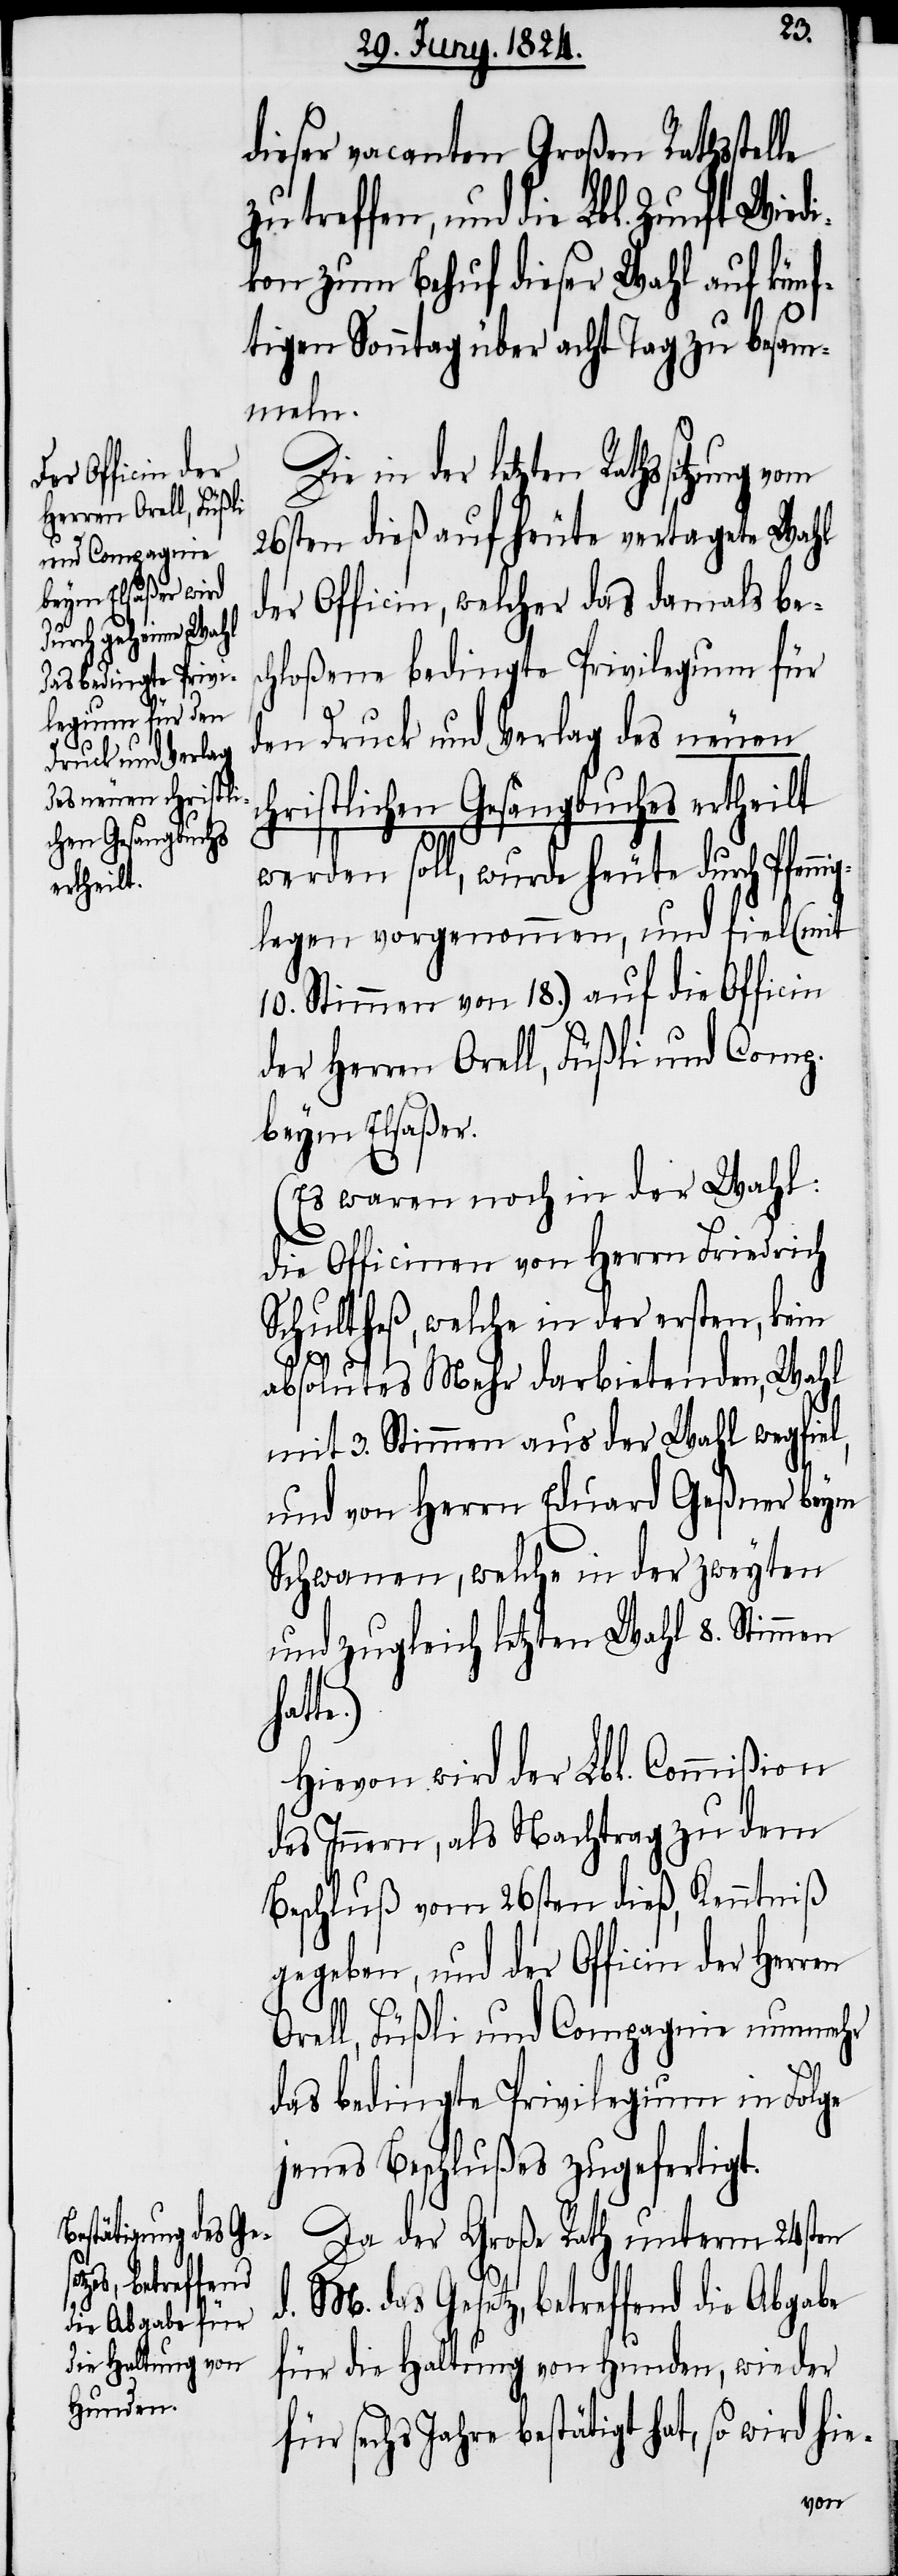
ni¬

dieser vacanten Großen Rathsstelle
zu treffen, und die Lbl. Zunft
kon zum Behuf dieser Wahl auf künf¬
tigen Sonntag über acht Tag zu besam¬
meln.
Die in der letzten Rathssitzung
26sten dieß auf heute vertagte Wahl
der Officin, welcher das damals bes¬
chloßene bedingte Privilegium für
den Druck und Verlag des neuen
christlichen Gesangbuches ertheilt
werden soll, wurde heute durch Pfen¬
glegen vorgenommen, und fiel (mit
10. Stimmen von 18.) auf die Officin
der Herren Orell, Füßli und Comp.
beym Elsaßer.
(Es waren noch in der Wahl:
die Officinen von Herrn Friedrich
Schultheß, welche in der ersten, kein
absolutes Mehr darbietenden, Wahl
mit 3. Stimmen aus der Wahl wegfiel,
und von Herrn Eduard Geßner beym
Schwanen, welche in der zweyten
und zugleich letzten Wahl 8. Stimmen
Hievon wird der Lbl. Commißion
des Innern, als Nachtrag zu dem
Beschluß vom 26sten dieß, Kenntniß
gegeben, und der Officin der Herren
Orell, Füßli und Compagnie nunmehr
das bedingte Privilegium in Folge
jenes Beschlußes zugefertigt.
Da der Große Rath unterm 24sten
d. M. das Gesetz, betreffend die Abgabe
für die Haltung von Hunden, wieder
für sechs Jahre bestätigt hat, so wird